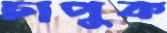
চাপুক